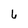
Character: 6